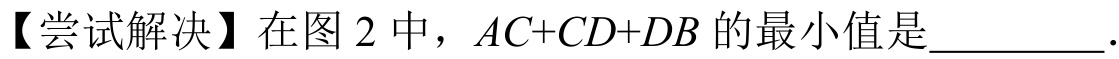
【尝试解决】在图 2 中，\(AC + CD+DB\) 的最小值是__________．